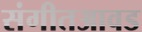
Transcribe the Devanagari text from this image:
संगीतआवड